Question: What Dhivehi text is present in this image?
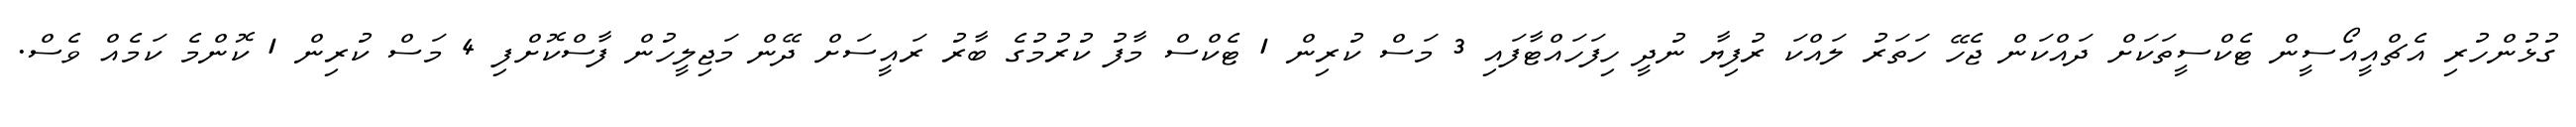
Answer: ގުޅުންހުރި އެޗްއީއޯސީން ޓެކްސީތަކަށް ދައްކަން ޖެހޭ ހަތަރު ލައްކަ ރުފިޔާ ނުދީ ހިފަހައްޓާފައި 3 މަސް ކުރިން 1 ޓެކްސް މާފު ކުރުމުގެ ބާރު ރައީސަށް ދޭން މަޖިލީހުން ފާސްކޮށްފި 4 މަސް ކުރިން 1 ކޮންމެ ކަމެއް ވެސް.